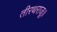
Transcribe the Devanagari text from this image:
तीरथराजू॥